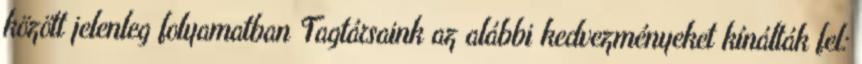
között jelenleg folyamatban Tagtársaink az alábbi kedvezményeket kínálták fel: